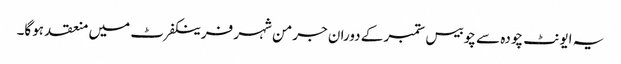
یہ ایونٹ چودہ سے چوبیس ستمبر کے دوران جرمن شہر فرینکفرٹ میں منعقد ہوگا۔